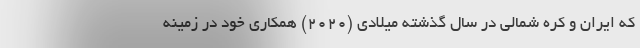
که ایران و کره شمالی در سال گذشته میلادی (2020) همکاری خود در زمینه